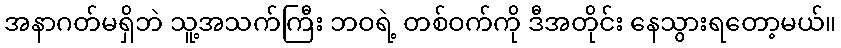
အနာဂတ်မရှိဘဲ သူ့အသက်ကြီး ဘဝရဲ့ တစ်ဝက်ကို ဒီအတိုင်း နေသွားရတော့မယ်။